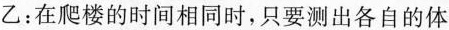
乙：在爬楼的时间相同时，只要测出各自的体